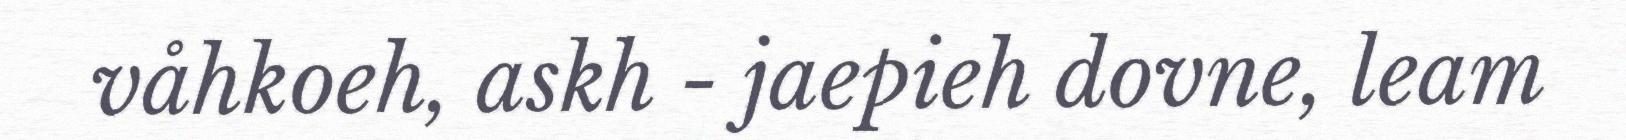
våhkoeh, askh - jaepieh dovne, leam